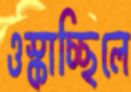
ওস্‌কাচ্ছিলে